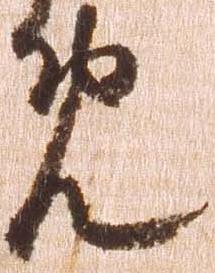
め